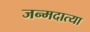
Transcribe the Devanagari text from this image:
जन्मदात्या